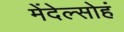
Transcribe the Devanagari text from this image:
मेंदेल्सोहं